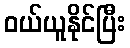
ဝယ်ယူနိုင်ပြီး